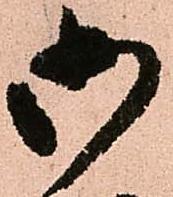
御